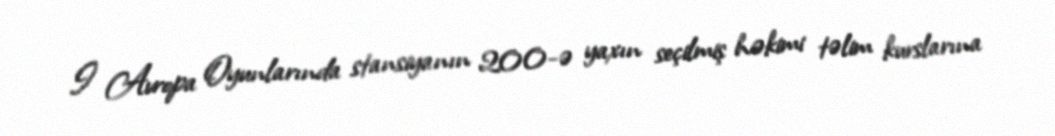
I Avropa Oyunlarında stansiyanın 200-ə yaxın seçilmiş həkimi təlim kurslarına